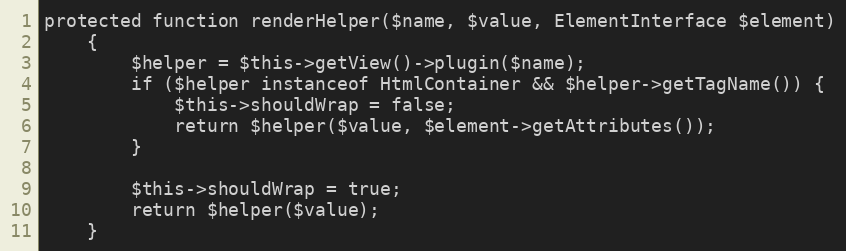
Language: PHP
protected function renderHelper($name, $value, ElementInterface $element)
    {
        $helper = $this->getView()->plugin($name);
        if ($helper instanceof HtmlContainer && $helper->getTagName()) {
            $this->shouldWrap = false;
            return $helper($value, $element->getAttributes());
        }

        $this->shouldWrap = true;
        return $helper($value);
    }